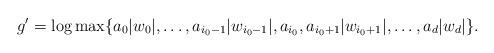
LaTeX: \begin{align*}g' = \log \max \{ a_0 |w_0|,\ldots, a_{i_0-1}|w_{i_0-1}|, a_{i_0}, a_{i_0+1}|w_{i_0+1}|, \ldots, a_d|w_d| \}.\end{align*}